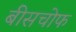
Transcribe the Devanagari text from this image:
बीसचोफ